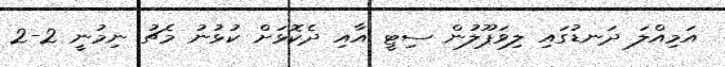
އަމިއްލަ ދަނޑުގައި ލިވަޕޫލުން ސިޓީ އާއި ދެކޮޅަށް ކުޅުނު މެޗު ނިމުނީ 2-2